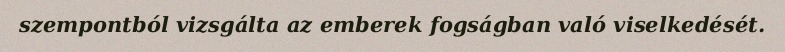
szempontból vizsgálta az emberek fogságban való viselkedését.